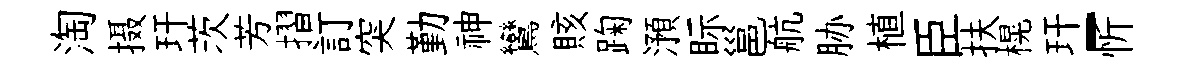
淘摄玕茨芳摺訂突勤神鸞賅踘澦眎邕航胁植臣扶榥玕-忻